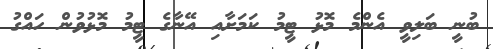
ބުނީ ބަލިވީ އެންމެ މޮޅު ޓީމު ކަމަށާއި އޭނާގެ ޓީމު މޮޅުވުން ހައްގު